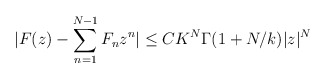
\begin{align*}|F(z) - \sum_{n=1}^{N-1} F_{n}z^{n}| \leq CK^{N}\Gamma(1 + N/k)|z|^{N} \end{align*}